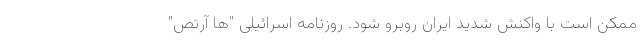
ممکن است با واکنش شدید ایران روبرو شود. روزنامه اسرائیلی "ها آرتص"